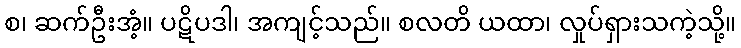
စ၊ ဆက်ဦးအံ့။ ပဋိပဒါ၊ အကျင့်သည်။ စလတိ ယထာ၊ လှုပ်ရှားသကဲ့သို့။